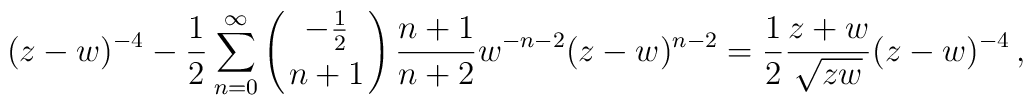
(z-w)^{-4}-{1\over 2}\sum_{n=0}^\infty\left({-{1\over 2}\atop n+1}\right){n+1\over n+2}w^{-n-2}(z-w)^{n-2}={1\over 2}{z+w\over\sqrt{zw}}(z-w)^{-4}\,,